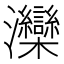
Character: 灤